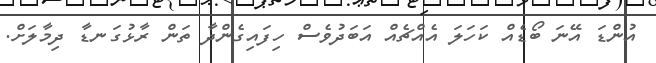
އުންޑަ އޭނަ ބޯޑެއް ކަހަލަ އެއްޗެއް އަބަދުވެސް ހިފައިގެންދާ ތަން ރާޅުގަނޑާ ދިމާލަށް.